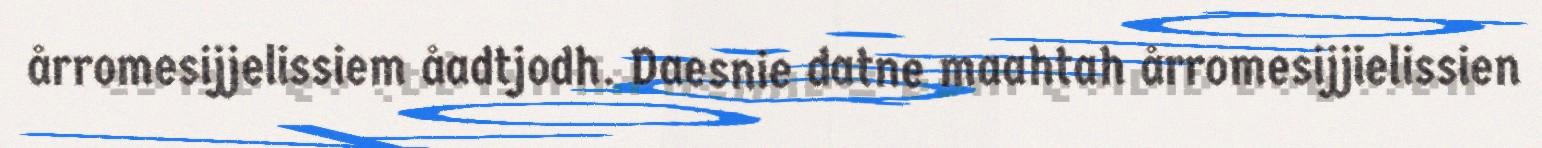
årromesijjelissiem åadtjodh. Daesnie datne maahtah årromesijjielissien